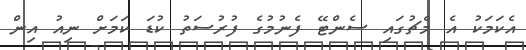
އެކަމަކު އެ މެޗުގައި ސެންޓޭ ފެނުމުގެ ފުރުސަތު ކުޑަ ކަމަށް ނިއު އިން